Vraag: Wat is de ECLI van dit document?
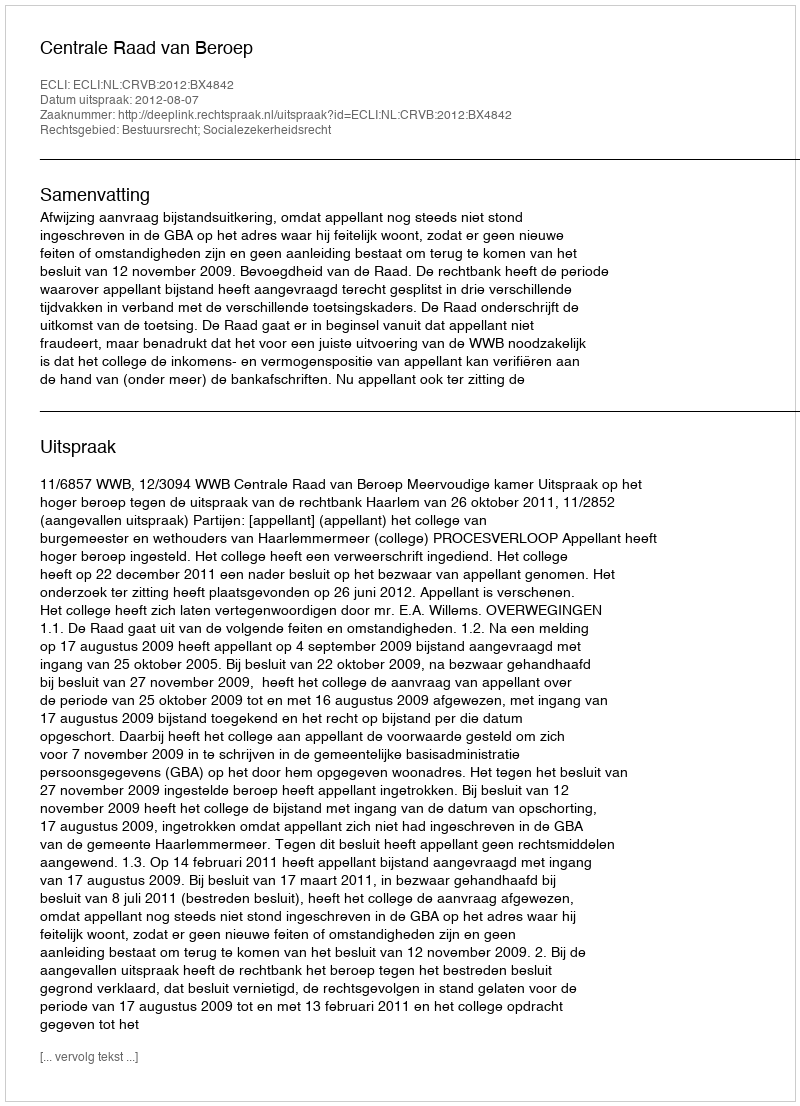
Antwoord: ECLI:NL:CRVB:2012:BX4842